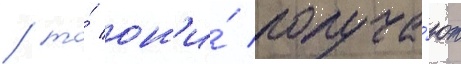
/ то́ он'и́ получа́ют